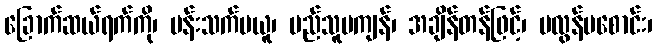
ခြောက်ဆယ်ရက်ကို၊ ပန်းသက်မယူ၊ မည်သူမကျန်၊ အချိန်တန်ဖြင့်၊ မလွန်မစောင်း၊